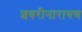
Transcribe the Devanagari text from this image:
शबरीनारायण